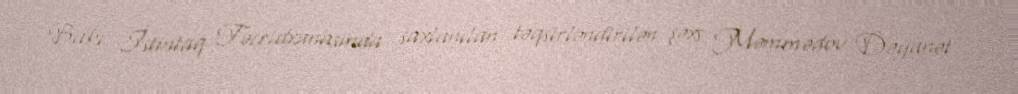
Bakı İstintaq Təcridxanasında saxlanılan təqsirləndirilən şəxs Məmmədov Dəyanət